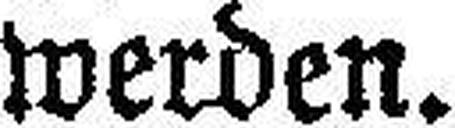
werden.